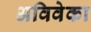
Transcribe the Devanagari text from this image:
अविवेका